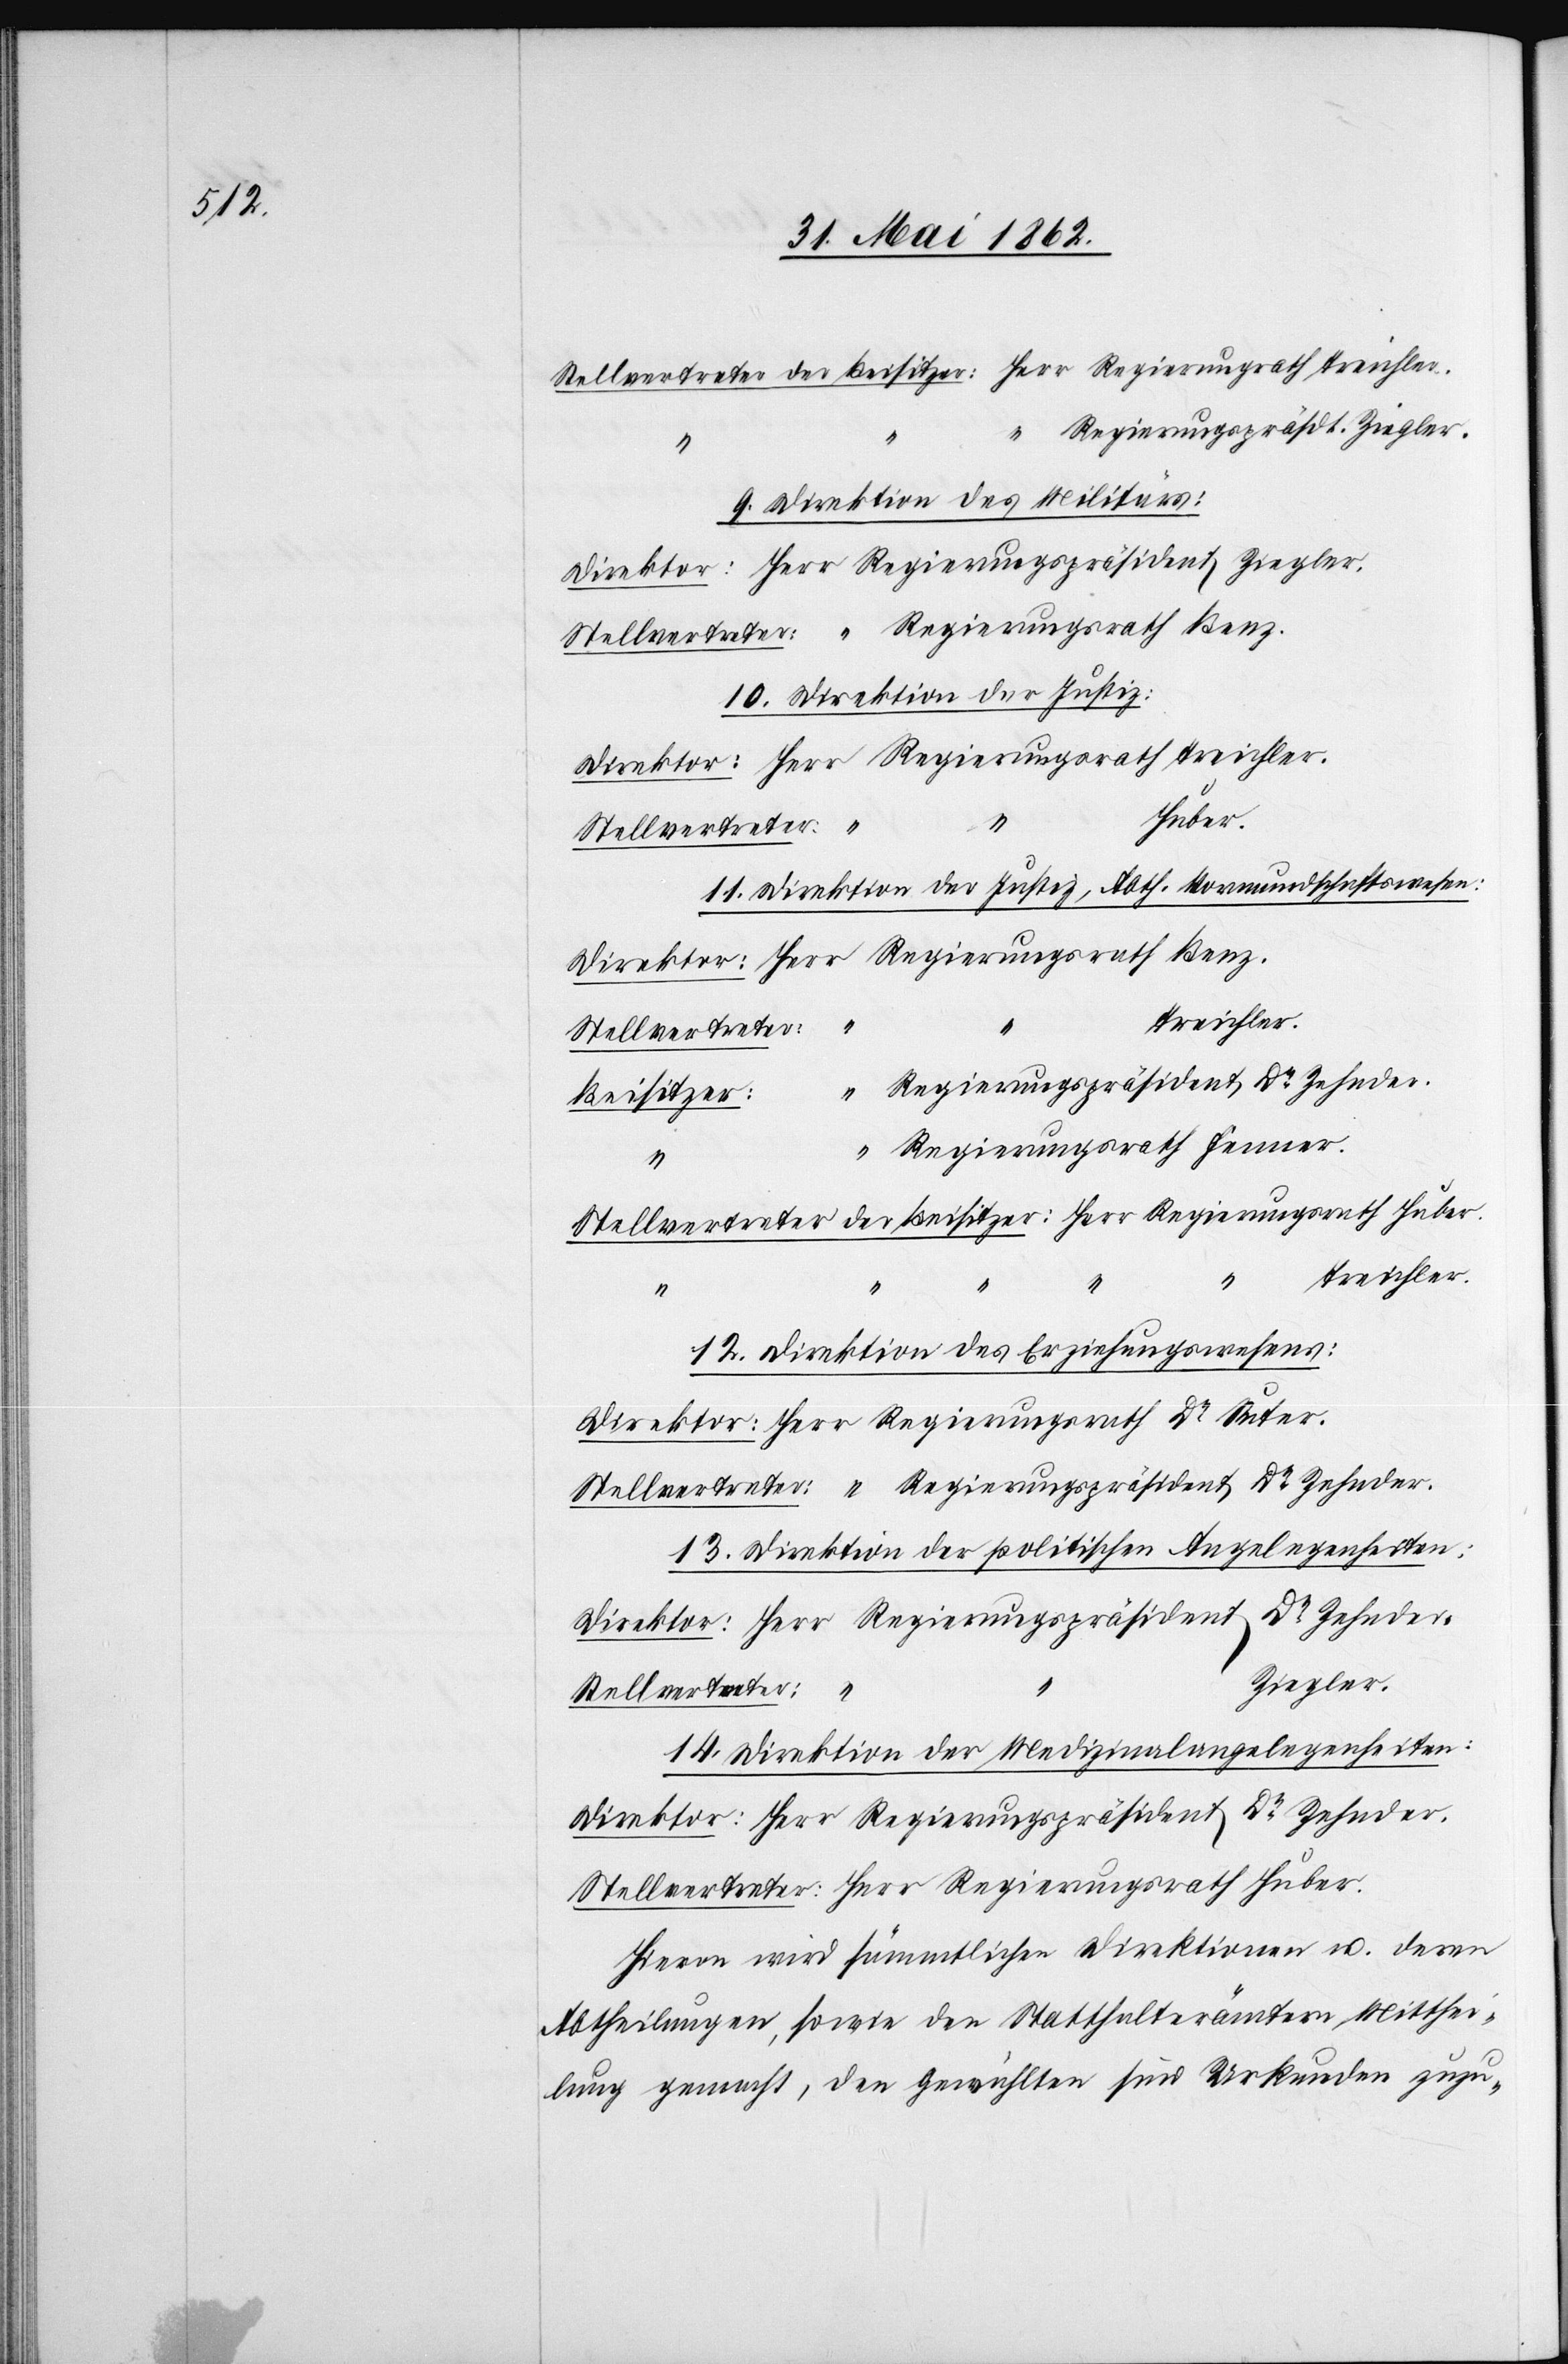
Regierungspräsident Ziegler.
9. Direktion des Militärs
10. Direktion der Justiz.
Her¬
“
Dr.
Stellvertreter:
11. Direktion der Justiz, Abth. Vormundschaftswesen.
Treichler.
“
r Regierungspräsident Dr. Zehnder.
Beisitzer:
r Regierungsrath Huber.
12. Direktion des Erziehungswesens:
13. Direktion der politischen Angelegenheiten:
Ziegler.
14. Direktion der Medizinalangelegenheiten:
Hievon wird sämmtlichen Direktionen u. deren
Abtheilungen, sowie den Statthalterämtern Mitthei¬
lung gemacht, den Gewählten für Urkunden zuzu-